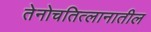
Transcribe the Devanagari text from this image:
तेनोचतित्लानातील